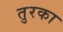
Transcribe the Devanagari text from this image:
तुरका